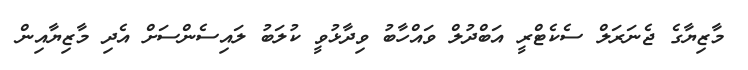
މާޒިޔާގެ ޖެނަރަލް ސެކެޓްރީ އަބްދުލް ވައްހާބު ވިދާޅުވީ ކުލަބު ލައިސެންސަށް އެދި މާޒިޔާއިން